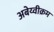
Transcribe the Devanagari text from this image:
अबेय्वीक्रम